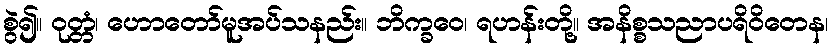
စွဲ၍။ ဝုတ္တံ၊ ဟောတော်မူအပ်သနည်း။ ဘိက္ခဝေ၊ ရဟန်းတို့။ အနိစ္စသညာပရိဝိတေန၊